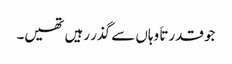
جو قدرتاَ وہاں سے گذر رہیں تھیں۔